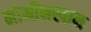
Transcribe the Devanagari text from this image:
मोमीनखान